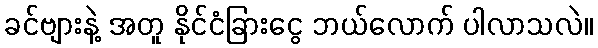
ခင်ဗျားနဲ့ အတူ နိုင်ငံခြားငွေ ဘယ်လောက် ပါလာသလဲ။